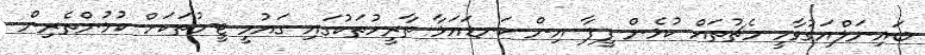
ބައިނަލްއަގުވާމީ މެޗުތައް ކުޅެން ފީފާ އިން ކަނޑައަޅާ ތާރީހުތަކުގައި ގައުމީ ޓީމުތަކަށް ކުޅުންތެރިން